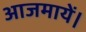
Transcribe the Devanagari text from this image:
आजमायें।